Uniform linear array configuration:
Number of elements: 24
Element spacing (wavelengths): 0.25
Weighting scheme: hann
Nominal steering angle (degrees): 60
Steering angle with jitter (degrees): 58.754
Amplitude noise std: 0.05
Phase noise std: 0.05

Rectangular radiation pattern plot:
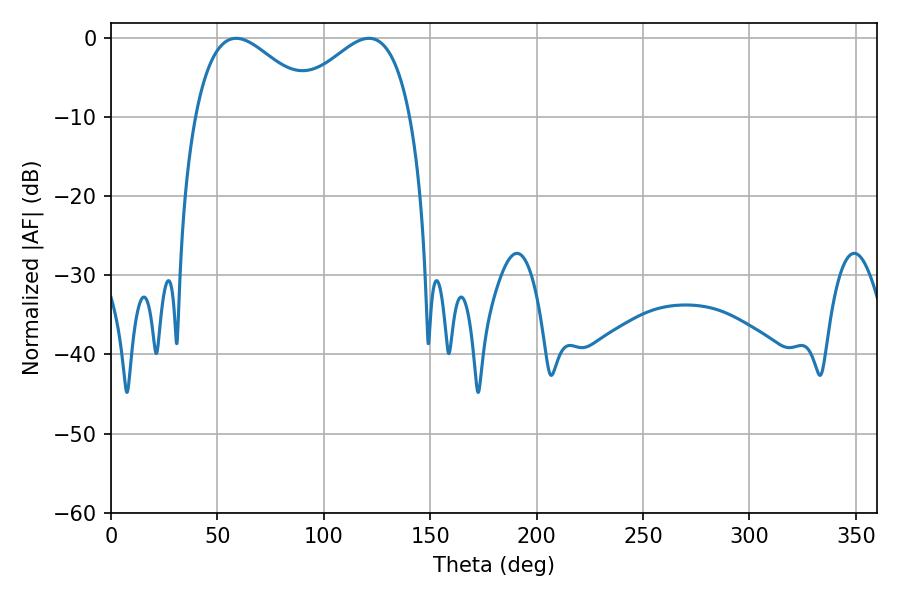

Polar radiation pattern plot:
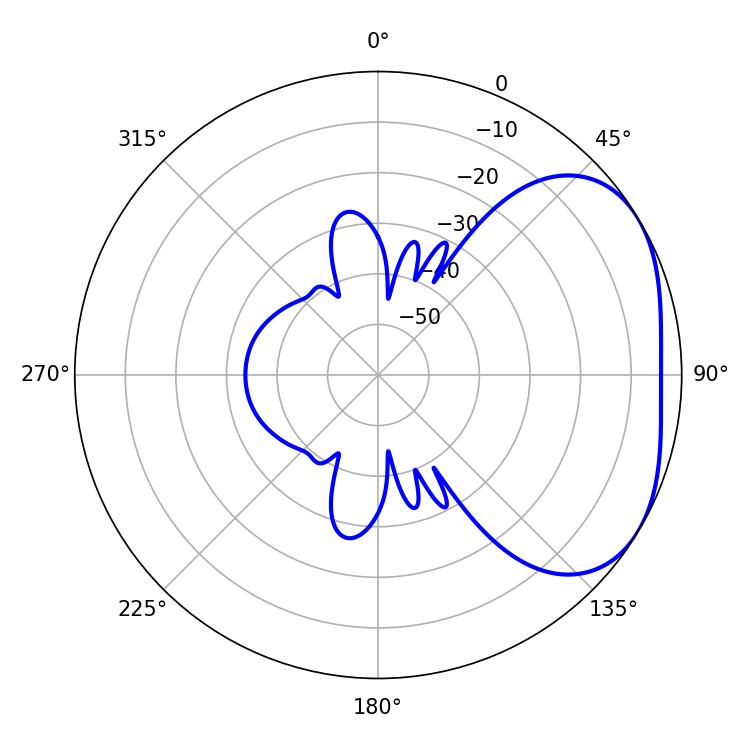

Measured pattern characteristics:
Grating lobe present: FALSE
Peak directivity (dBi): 3.078
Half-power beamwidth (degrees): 31.5
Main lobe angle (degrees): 58.86